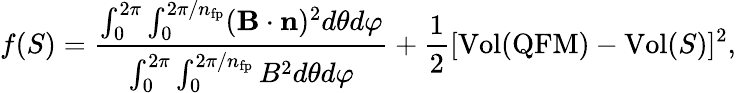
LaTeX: f(S)=\frac{\int_{0}^{2\pi}\int_{0}^{2\pi/n_{\mathrm{fp}}}(\mathbf B\cdot\mathbf n)^{2}d\theta d\varphi}{\int_{0}^{2\pi}\int_{0}^{2\pi/n_{\mathrm{fp}}}B^{2}d\theta d\varphi}+\frac{1}{2}[\mathrm{Vol}(\mathrm{QFM})-\mathrm{Vol}(S)]^{2},